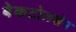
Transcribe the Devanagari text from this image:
बेकटोलशेम